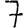
Digit: 7